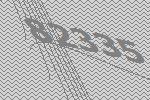
82335